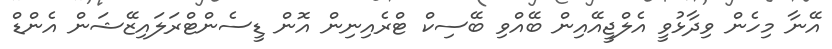
އޭނާ މިހެން ވިދާޅުވީ އެލްޖީއޭއިން ބޭއްވި ބޭސިކް ޓްރެއިނިން އޮން ޑީސެންޓްރަލައިޒޭޝަން އެންޑް